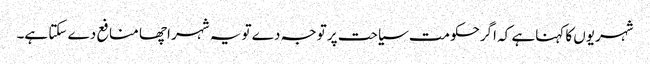
شہریوں کا کہناہے کہ اگرحکومت سیاحت پر توجہ دے تو یہ شہر اچھا منافع دے سکتا ہے۔